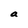
Character: a